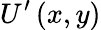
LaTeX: U^{\prime}\left(x,y\right)